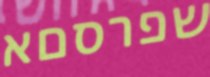
שפרסםא